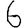
Digit: 6